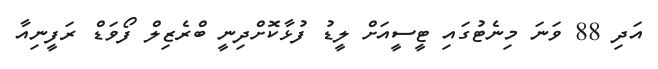
އަދި 88 ވަނަ މިނެޓުގައި ޓީސީއަށް ލީޑު ފުޅާކޮށްދިނީ ބްރެޒިލް ފޯވަޑް ރަފީނިއާ